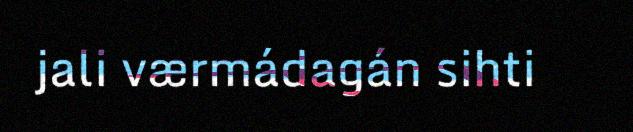
jali værmádagán sihti